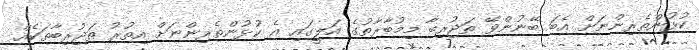
ކުޅުންތެރިންނަށް އެބަ ބޭނުންވޭ ތަޖުރިބާ މިމުބާރާތުގެ އަލީގައި އެ ކުޅުންތެރިންނަށް އިތުރު ތަޖުރިބާތަކެއް